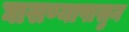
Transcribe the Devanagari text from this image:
घासण्यापासुन